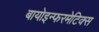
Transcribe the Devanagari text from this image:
बायोइन्फरमेटिक्स